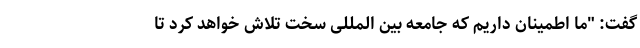
گفت: "ما اطمینان داریم که جامعه بین المللی سخت تلاش خواهد کرد تا